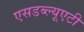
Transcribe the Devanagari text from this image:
एसडब्ल्यूएटी